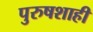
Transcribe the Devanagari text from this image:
पुरुषशाही